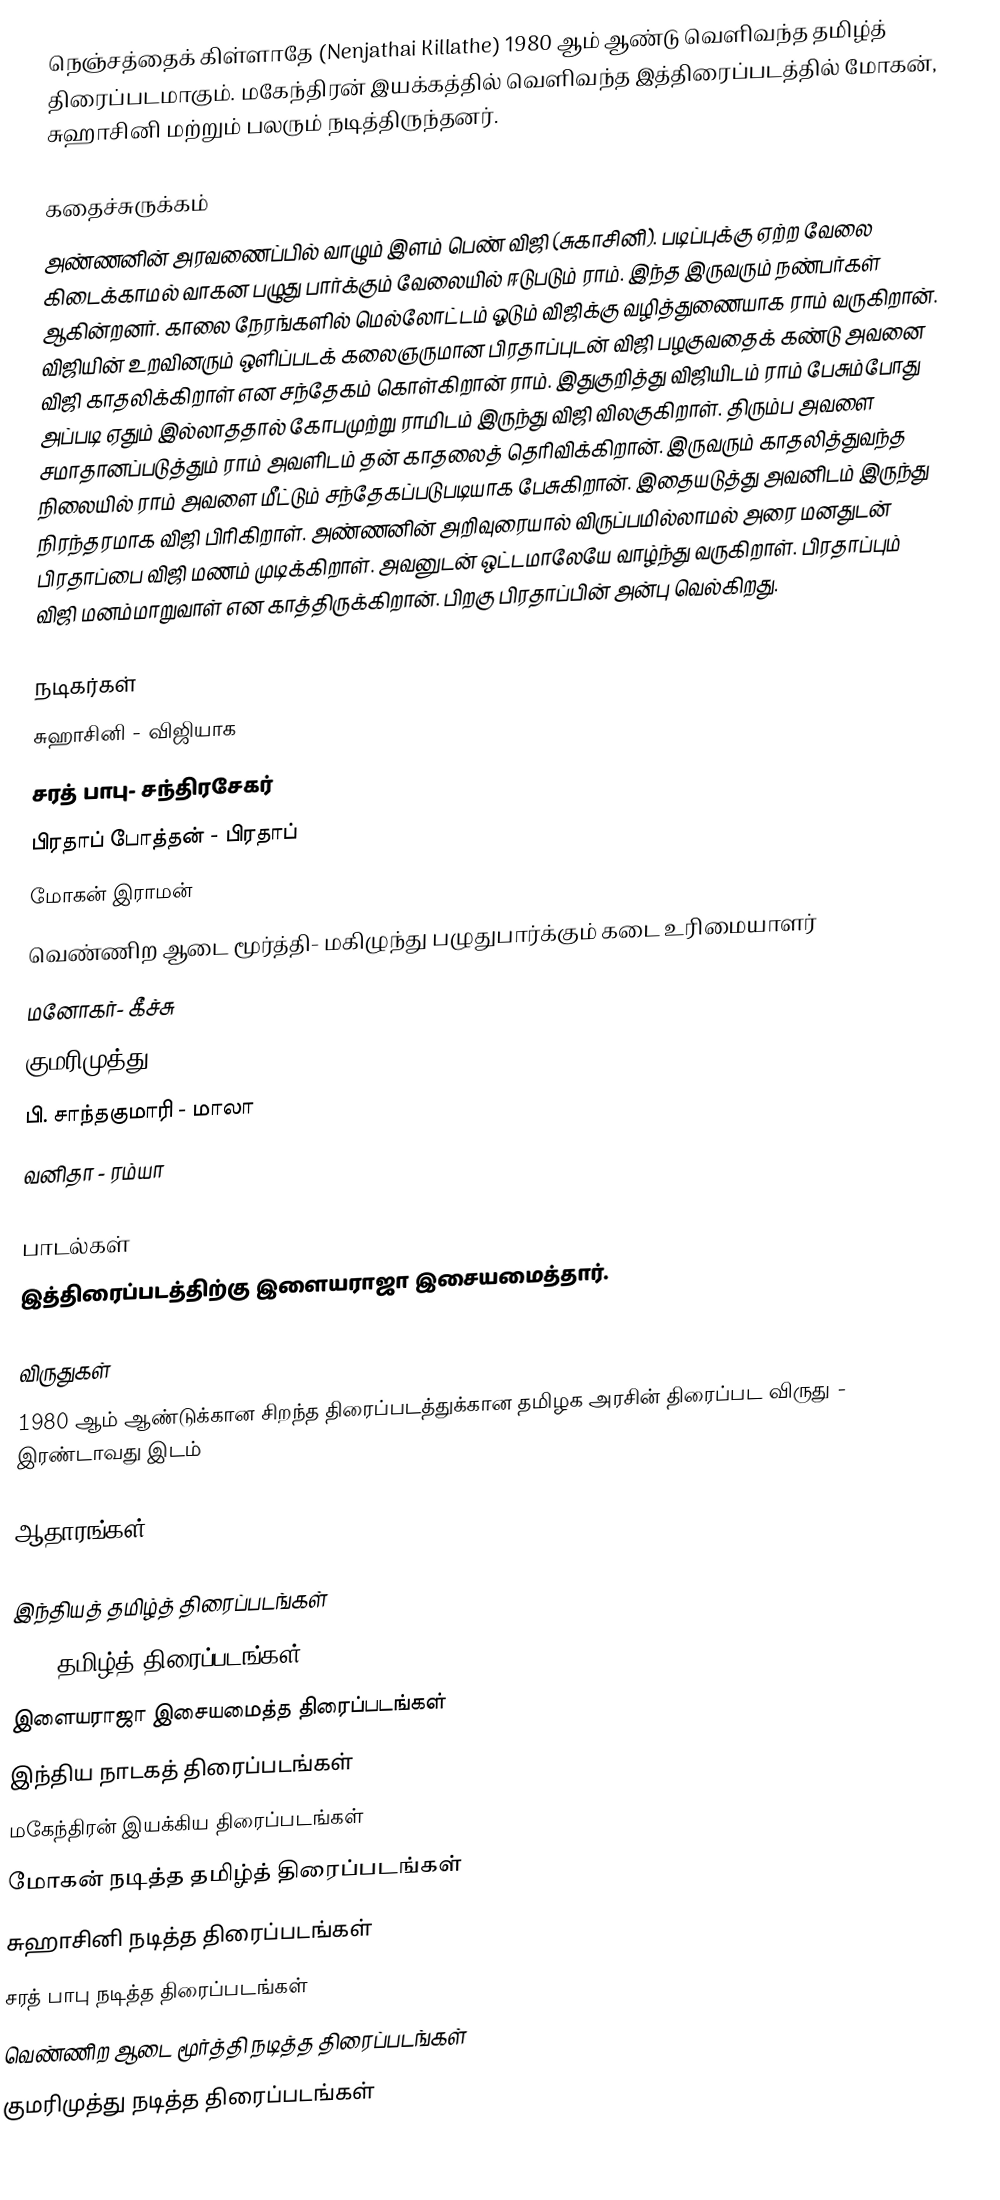
நெஞ்சத்தைக் கிள்ளாதே (Nenjathai Killathe) 1980 ஆம் ஆண்டு வெளிவந்த தமிழ்த் திரைப்படமாகும். மகேந்திரன் இயக்கத்தில்  வெளிவந்த இத்திரைப்படத்தில் மோகன், சுஹாசினி மற்றும் பலரும் நடித்திருந்தனர்.

கதைச்சுருக்கம்
அண்ணனின் அரவணைப்பில் வாழும் இளம் பெண் விஜி (சுகாசினி). படிப்புக்கு ஏற்ற வேலை கிடைக்காமல் வாகன பழுது பார்க்கும் வேலையில் ஈடுபடும் ராம். இந்த இருவரும் நண்பர்கள் ஆகின்றனர். காலை நேரங்களில் மெல்லோட்டம் ஓடும் விஜிக்கு வழித்துணையாக ராம் வருகிறான். விஜியின் உறவினரும் ஒளிப்படக் கலைஞருமான பிரதாப்புடன் விஜி பழகுவதைக் கண்டு அவனை விஜி காதலிக்கிறாள் என சந்தேகம் கொள்கிறான் ராம். இதுகுறித்து விஜியிடம் ராம் பேசும்போது அப்படி ஏதும் இல்லாததால் கோபமுற்று ராமிடம் இருந்து விஜி விலகுகிறாள். திரும்ப அவளை சமாதானப்படுத்தும் ராம் அவளிடம் தன் காதலைத் தெரிவிக்கிறான். இருவரும் காதலித்துவந்த நிலையில் ராம் அவளை மீட்டும் சந்தேகப்படுபடியாக பேசுகிறான். இதையடுத்து அவனிடம் இருந்து நிரந்தரமாக விஜி பிரிகிறாள். அண்ணனின் அறிவுரையால் விருப்பமில்லாமல் அரை மனதுடன் பிரதாப்பை விஜி மணம் முடிக்கிறாள். அவனுடன் ஒட்டமாலேயே வாழ்ந்து வருகிறாள். பிரதாப்பும் விஜி மனம்மாறுவாள் என காத்திருக்கிறான். பிறகு பிரதாப்பின் அன்பு வெல்கிறது.

நடிகர்கள்
 சுஹாசினி - விஜியாக
 சரத் பாபு- சந்திரசேகர்
 பிரதாப் போத்தன் - பிரதாப்
 மோகன் இராமன்
 வெண்ணிற ஆடை மூர்த்தி- மகிழுந்து பழுதுபார்க்கும் கடை உரிமையாளர்
 மனோகர்- கீச்சு
 குமரிமுத்து
 பி. சாந்தகுமாரி - மாலா
 வனிதா - ரம்யா

பாடல்கள்
இத்திரைப்படத்திற்கு இளையராஜா இசையமைத்தார்.

விருதுகள்
 1980 ஆம் ஆண்டுக்கான சிறந்த திரைப்படத்துக்கான தமிழக அரசின் திரைப்பட விருது  - இரண்டாவது இடம்

ஆதாரங்கள்

இந்தியத் தமிழ்த் திரைப்படங்கள்
1980 தமிழ்த் திரைப்படங்கள்
இளையராஜா இசையமைத்த திரைப்படங்கள்
இந்திய நாடகத் திரைப்படங்கள்
மகேந்திரன் இயக்கிய திரைப்படங்கள்
மோகன் நடித்த தமிழ்த் திரைப்படங்கள்
சுஹாசினி நடித்த திரைப்படங்கள்
சரத் பாபு நடித்த திரைப்படங்கள்
வெண்ணிற ஆடை மூர்த்தி நடித்த திரைப்படங்கள்
குமரிமுத்து நடித்த திரைப்படங்கள்